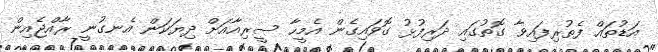
އަޑުތައް ފެތުރިފައިވާ ގޮތުގައި ދަރިފުޅު ގޮވައިގެން އެމީހާ ސީރިއާއަށް ދިޔަކަން އެނގުނީ ރާއްޖެއިން